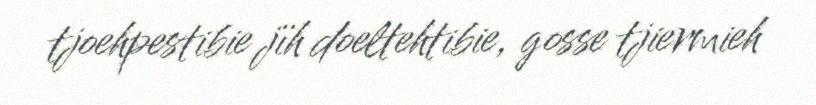
tjoehpestibie jïh doeltehtibie, gosse tjiermieh